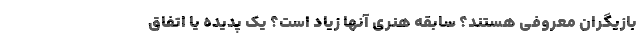
بازیگران معروفی هستند؟ سابقه هنری آنها زیاد است؟ یک پدیده یا اتفاق